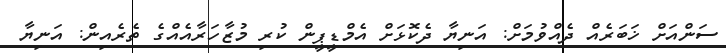
ސަންއަށް ޚަބަރެއް ދެއްވުމަށް: އަނިޔާ ދެކޮޅަށް އެމްޑީޕީން ކުރި މުޒާހަރާއެއްގެ ތެރެއިން: އަނިޔާ